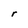
Character: r